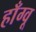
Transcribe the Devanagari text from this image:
हाँग्वू